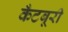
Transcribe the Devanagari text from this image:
कँटबूरी